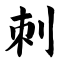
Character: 刺